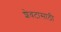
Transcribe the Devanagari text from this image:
शेवटासाठी